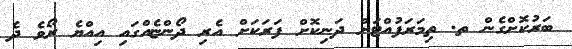
ބަރުކޮށްގެން ތ. ތިމަރަފުއްޓަށް ދަނިކޮށް ފަރަކަށް އެރި ދޯންޏެއްގައި އިއްޔެ ރޯވެ ދެ